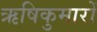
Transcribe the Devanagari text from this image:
ऋषिकुमारों